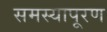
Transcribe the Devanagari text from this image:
समस्यापूरण